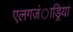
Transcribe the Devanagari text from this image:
एलगजंाड्रिया